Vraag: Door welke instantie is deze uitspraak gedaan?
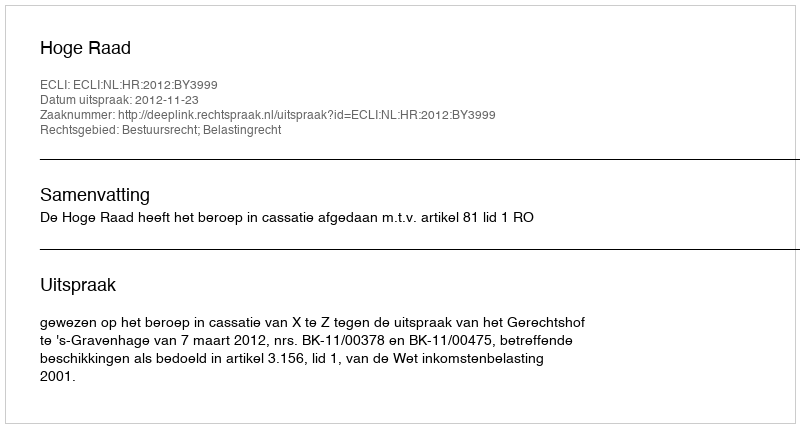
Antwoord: Hoge Raad